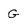
Character: G